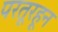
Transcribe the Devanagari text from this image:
परतूरहून